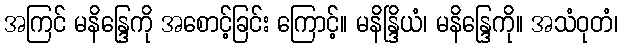
အကြင် မနိန္ဒြေကို အစောင့်ခြင်း ကြောင့်။ မနိန္ဒြိယံ၊ မနိန္ဒြေကို။ အသံဝုတံ၊